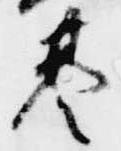
基